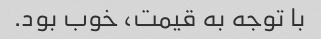
با توجه به قیمت، خوب بود.